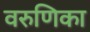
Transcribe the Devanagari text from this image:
वरुणिका